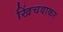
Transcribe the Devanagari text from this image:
खिंचवाकर